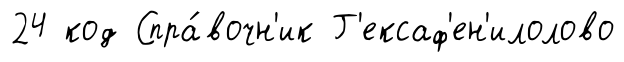
24 код Спра́вочн'ик Г'ексаф'ен'илолово